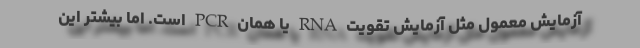
آزمایش معمول مثل آزمایش تقویت RNA یا همان PCR است. اما بیشتر این